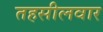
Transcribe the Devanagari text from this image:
तहसीलवार